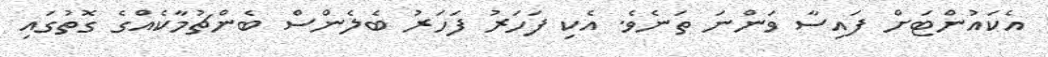
އެކައުންޓަށް ފައިސާ ވަންނަ ތަނެވެ. އެކި ފަހަރު ފަހަރު ބެލެންސް ބެންޗުމާކެއްގެ ގޮތުގައި